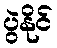
ပွဲနိုင်